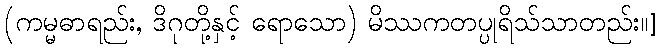
(ကမ္မဓာရည်း, ဒိဂုတို့နှင့် ရောသော) မိဿကတပ္ပုရိသ်သာတည်း။]